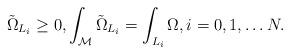
LaTeX: \begin{align*} \tilde{\Omega}_{L_i}\geq 0, \int_{\mathcal{M}} \tilde{\Omega}_{L_i}= \int_{L_i} \Omega,i=0,1,\ldots N.\end{align*}